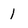
Character: 1